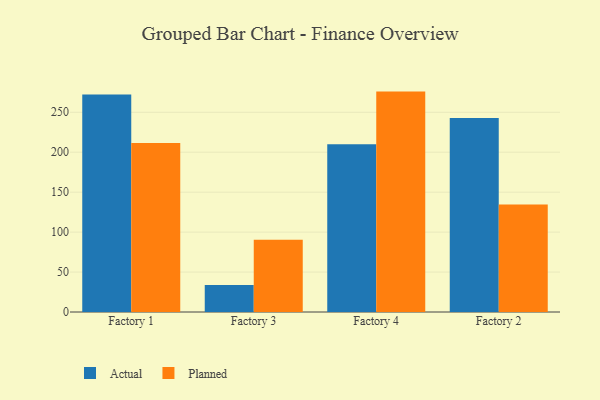
{"axis": {"x": "Factory", "y": "Demand Index"}, "legend": ["Actual", "Planned"], "data": [{"x": "Factory 1", "y": 272.3, "type": "Actual"}, {"x": "Factory 1", "y": 211.5, "type": "Planned"}, {"x": "Factory 3", "y": 33.7, "type": "Actual"}, {"x": "Factory 3", "y": 90.3, "type": "Planned"}, {"x": "Factory 4", "y": 210.0, "type": "Actual"}, {"x": "Factory 4", "y": 275.9, "type": "Planned"}, {"x": "Factory 2", "y": 242.9, "type": "Actual"}, {"x": "Factory 2", "y": 134.6, "type": "Planned"}]}